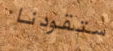
ستقودنا